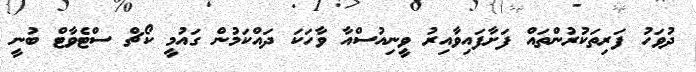
ދުވަހު ފަރިތަކުރުންތައް ފަށާފައިވާއިރު ވީނިއުސްއާ ވާހަކަ ދައްކަމުން ގައުމީ ކޯޗް ސްޓެވާޓް ބުނީ